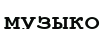
музыко